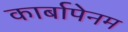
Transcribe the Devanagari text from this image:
कार्बापेनम